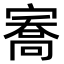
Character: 㝯